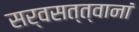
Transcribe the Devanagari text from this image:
सर्वसत्त्वानां